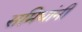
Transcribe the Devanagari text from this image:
समिधांनी